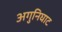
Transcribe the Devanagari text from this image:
अगुनिघाट